Vaccine operations Central Provinces 1886-1899 - 1886-1899
Year: 1886
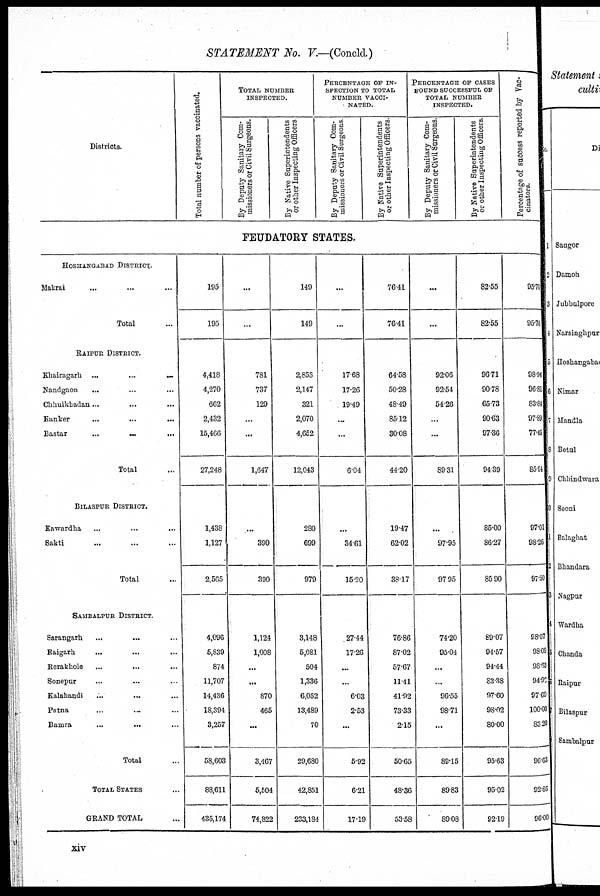
STATEMENT No. V.—(Concld.)
Districts.
HOSHANGABAD DISTRICT.
Makrai ... ... ...
Total ...
RAIPUR DISTRICT.
Khairagarh
...
...
...
Nandgaon ... ... ...
Chhuikhadan... ... ...
Kanker ... ... ...
Bastar
...
...
...
Total ...
BILASPUR DISTRICT.
Kawardha ... ... ...
Sakti ... ... ...
Total ...
SAMBALPUR DISTRICT.
Sarangarh ... ... ...
Raigarh ... ... ...
Rerakhole ... ...
Sonepur ... ... ...
Kalahandi ... ... ...
Patna ... ... ...
Bamra
...
...
...
Total ...
TOTAL STATES ...
GRAND TOTAL ...
Total number of persons vaccinated.
195
195
4,418
4,270
662
2,432
15,466
27,248
1,438
1,127
2,565
4,096
5,839
874
11,707
14,436
18,394
3,257
58,603
88,611
435,174
TOTAL NUMBER
INSPECTED.
By Deputy Sanitary Com-
missioners or Civil Surgeons.
By Native Superintendents
or other Inspecting Officers
PERCENTAGE OF IN-
SPECTION TO TOTAL
NUMBER VACCI-
NATED.
By Deputy Sanitary Com-
missioners or Civil Surgeons
FEUDATORY STATES.
...
...
781
737
129
...
...
1,647
...
390
390
1,124
1,008
...
...
870
465
...
3,467
5,504
74,822
149
149
2,853
2,147
321
2,070
4,652
12,043
280
699
979
3,148
5,081
504
1,336
6,052
13,489
70
29,680
42,851
233,184
...
...
17.68
17.26
19.49
...
...
6.04
...
34.61
15.20
27.44
17.26
...
...
6.03
2.53
...
5.92
6.21
17.19
By Native Superintendents
or other Inspecting Officers.
76.41
76.41
64.58
50.28
48.49
85.12
30.08
44.20
19.47
62.02
38.17
76.86
87.02
57.67
11.41
41.92
73.33
2.15
50.65
48.36
53.58
PERCENTAGE OF CASES
FOUND SUCCESSFUL OF
TOTAL NUMBER
INSPECTED.
By Deputy Sanitary Com-
missioners or Civil Surgeons.
...
...
92.06
92.54
54.26
...
...
89.31
...
97.95
97.95
74.20
95.04
...
...
96.55
98.71
...
89.15
89.83
89.08
By Native Superintendents
or other Inspecting Officers.
82.55
82.55
96.71
90.78
65.73
90.63
97.36
94.39
85.00
86.27
85.90
89.07
94.57
94.44
83.38
97.60
98.02
80.00
95.63
95.02
92.19
Percentage of success reported by Vac-
cinators.
95.70
95.70
98.94
96.81
83.84
97.89
77.45
85.94
97.01
98.26
97.50
98.07
98.09
98.63
94.92
97.69
100.00
83.20
96.63
92.86
96.00
xiv